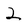
Character: 2